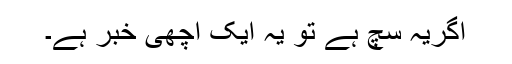
اگریہ سچ ہے تو یہ ایک اچھی خبر ہے۔